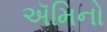
ઍમિનો